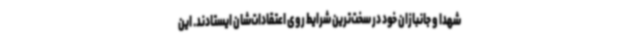
شهدا و جانبازان خود در سخت‌ترین شرایط روی اعتقادات‌شان ایستادند. این